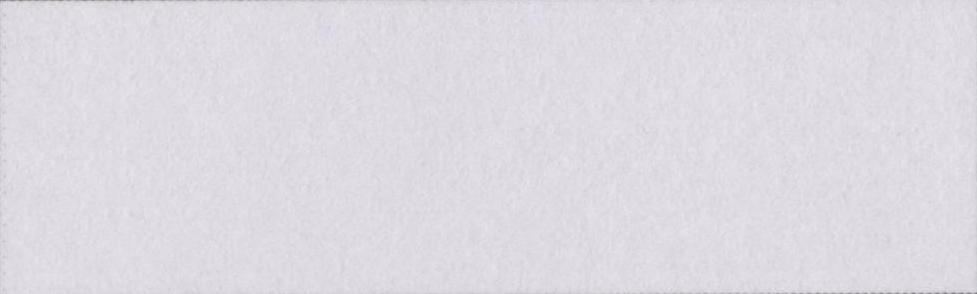
यथासंभव